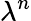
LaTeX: \lambda^{n}